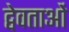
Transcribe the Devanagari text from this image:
द्वेवताओं